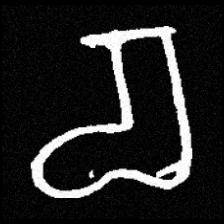
Pyu character \u2014 Myanmar letter: စ (romanized: ca)